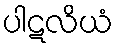
ပါဋလိယံ